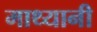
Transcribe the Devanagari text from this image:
माथ्यानी